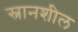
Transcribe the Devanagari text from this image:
स्नानशील